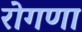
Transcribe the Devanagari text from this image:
रोगणा